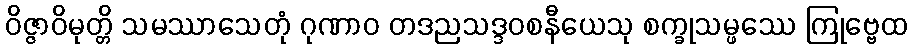
ဝိဇ္ဇာဝိမုတ္တိ သမဿာသေတုံ ဂုဏာဝ တဒညသဒ္ဒဝစနီယေသု စက္ခုသမ္ဖဿေ ကြုဗ္ဗေထ